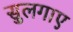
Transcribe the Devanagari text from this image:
सुलगाए